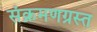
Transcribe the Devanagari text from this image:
संक्रमणग्रस्त